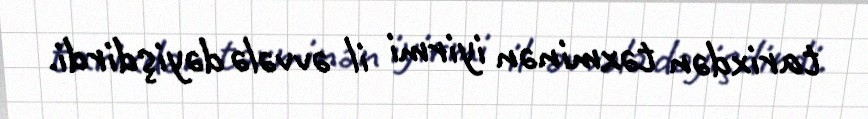
tarixdən təxminən iyirmi il əvvələ dəyişdirdi.